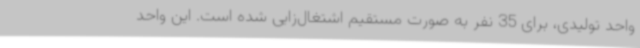
واحد تولیدی، برای 35 نفر به صورت مستقیم اشتغال‌زایی شده است. این واحد